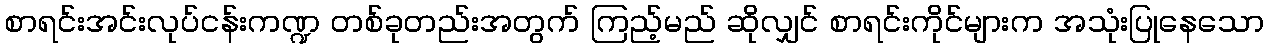
စာရင်းအင်းလုပ်ငန်းကဏ္ဍ တစ်ခုတည်းအတွက် ကြည့်မည် ဆိုလျှင် စာရင်းကိုင်များက အသုံးပြုနေသော